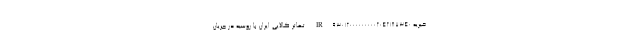
خیریه IR930120000000002042187340 تهاتر کالایی ایران با روسیه در جریان